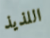
اللذيذ